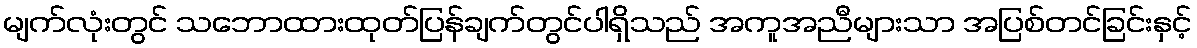
မျက်လုံးတွင် သဘောထားထုတ်ပြန်ချက်တွင်ပါရှိသည် အကူအညီများသာ အပြစ်တင်ခြင်းနှင့်